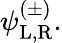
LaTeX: \psi_{\mathrm{{L,R}}}^{(\pm)}.